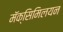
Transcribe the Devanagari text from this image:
मॅक्सिमिलयन